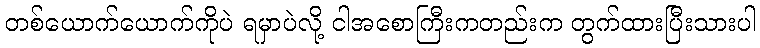
တစ်ယောက်ယောက်ကိုပဲ ရမှာပဲလို့ ငါအစောကြီးကတည်းက တွက်ထားပြီးသားပါ